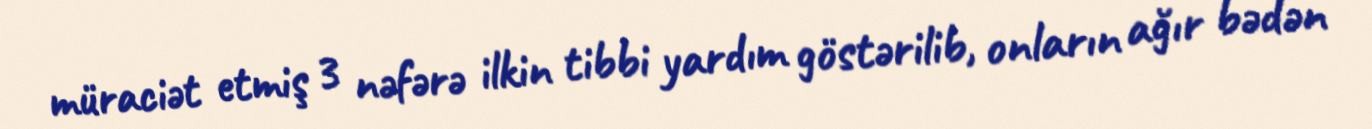
müraciət etmiş 3 nəfərə ilkin tibbi yardım göstərilib, onların ağır bədən